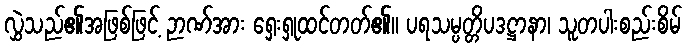
လွှဲသည်၏အဖြစ်ဖြင့် ဉာဏ်အား ရှေးရှုထင်တတ်၏။ ပရသမ္ပတ္တိပဒဋ္ဌာနာ၊ သူတပါးစည်းစိမ်